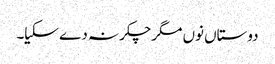
دوستاں نوں مگرچکر نہ دے سکیا۔